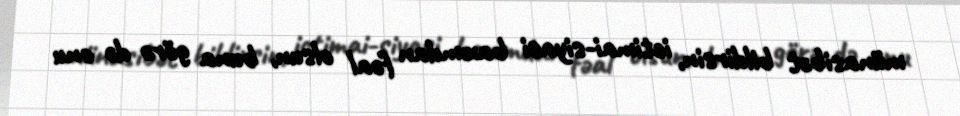
münasibət bildirsin, ictimai-siyasi baxımdan fəal olsun, buna görə də onu